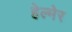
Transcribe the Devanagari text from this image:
हेल्मेर